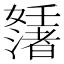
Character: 𡤊